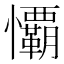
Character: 𭟧